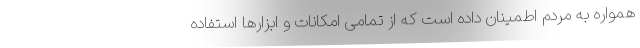
همواره به مردم اطمینان داده است که از تمامی امکانات و ابزارها استفاده